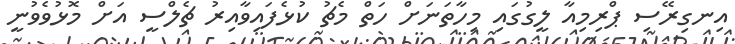
އިނގިރޭސި ޕްރިމިއާ ލީގުގައި މިހާތަނަށް ހަތް މެޗު ކުޅެފައިވާއިރު ޗެލްސީ އަށް މޮޅުވެވުނީ